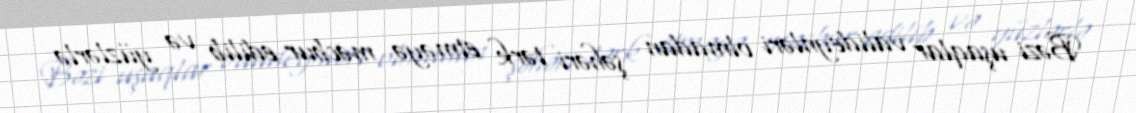
Bəzi uşaqlar valideynləri olmadan şəhəri tərk etməyə məcbur edilib və yüzlərlə